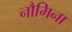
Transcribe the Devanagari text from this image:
नौमिना